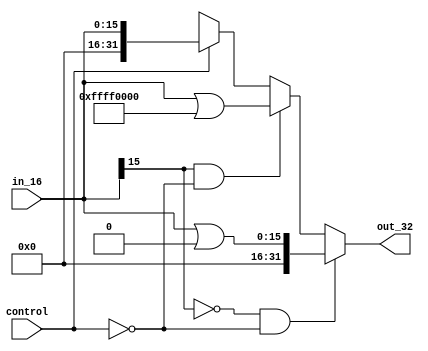
module sign_extend(in_16,out_32,control);
output reg [31:0] out_32;
input [15:0] in_16;
input control;

always @(in_16,control)
begin
if((in_16[15] == 0) && (control == 0))
out_32 <= in_16 | 32'h00000000;
else if((in_16[15] == 1) && (control == 0) )
out_32 <= in_16 | 32'hffff0000;
else if(control == 1)
out_32<=in_16;
else
out_32 <= 32'hxxxxxxxx;
end
endmodule

module tb_sign_extend();
reg [15:0] in;
wire [31:0] out;
sign_extend S(in,out);
initial
begin
$monitor("in %b , out %b",in,out);
#5
in=16'h03d2;
#5
in=16'hfacc;
end
endmodule